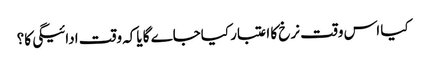
کیا اس وقت نرخ کا اعتبار کیاجاے گا یاکہ وقت ادائیگی کا؟